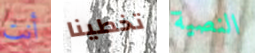
أنت تخطينا النصية